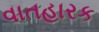
વાતહારક